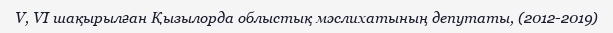
V, VІ шақырылған Қызылорда облыстық мәслихатының депутаты, (2012-2019)